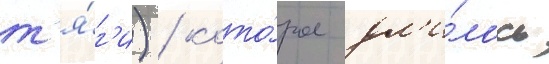
т'я́г'и) / кото́рое дл'и́лось